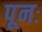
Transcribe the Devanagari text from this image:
पूनः